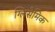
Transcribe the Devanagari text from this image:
ग्लिसेमिक